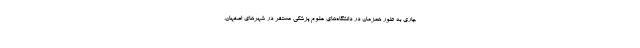
جاری به طور همزمان در دانشگاه‌های علوم پزشکی مستقر در شهرهای اصفهان،